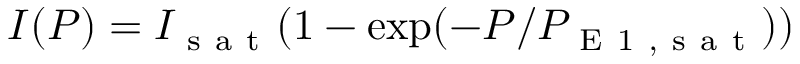
I ( P ) = I _ { \mathrm { ~ s ~ a ~ t ~ } } ( 1 - \exp ( - P / P _ { \mathrm { ~ E ~ 1 ~ , ~ s ~ a ~ t ~ } } ) )